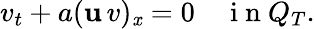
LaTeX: v_{t}+a(\mathbf{u}\, v)_{\mathit{x}}=0\quad\mathrm{{~i~n~}}Q_{T}.